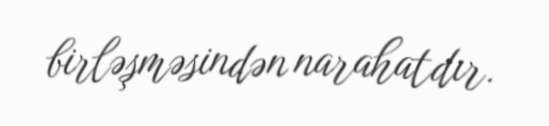
birləşməsindən narahatdır.